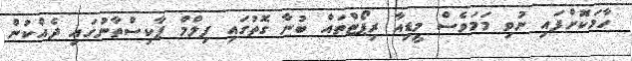
ހާމަކޮށްފައި ނުވި މަމަވެސް މީޑިއާ ރިޕޯޓްތައް ބުނާ ގޮތުގައި ފިލްމް ޕާކިސްތާނުގައި ދެއްކުން